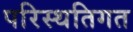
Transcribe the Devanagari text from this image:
परिस्थतिगत